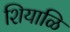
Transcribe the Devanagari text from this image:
शियाळि